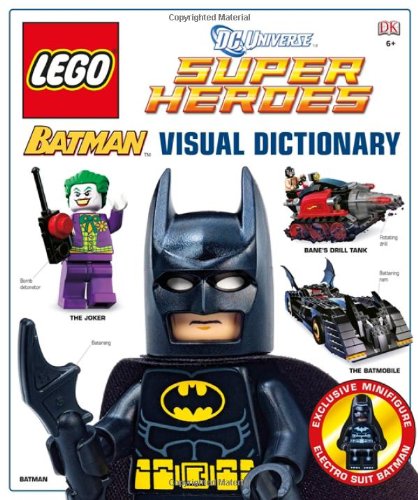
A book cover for LEGO Batman: Visual Dictionary (LEGO DC Universe Super Heroes); Daniel Lipkowitz; Children's Books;